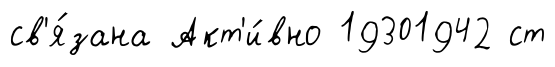
св'я́зана Акт'и́вно 19301942 ст